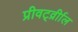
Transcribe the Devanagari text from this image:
प्रीवर्ट्व्रीाल